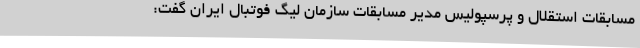
مسابقات استقلال و پرسپولیس مدیر مسابقات سازمان لیگ فوتبال ایران گفت: